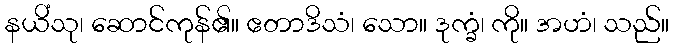
နယိံသု၊ ဆောင်ကုန်၏။ ဧတာဒိသံ၊ သော။ ဒုက္ခံ၊ ကို။ အဟံ၊ သည်။